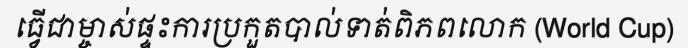
ធ្វើជាម្ចាស់ផ្ទះការប្រកួតបាល់ទាត់ពិភពលោក (World Cup)